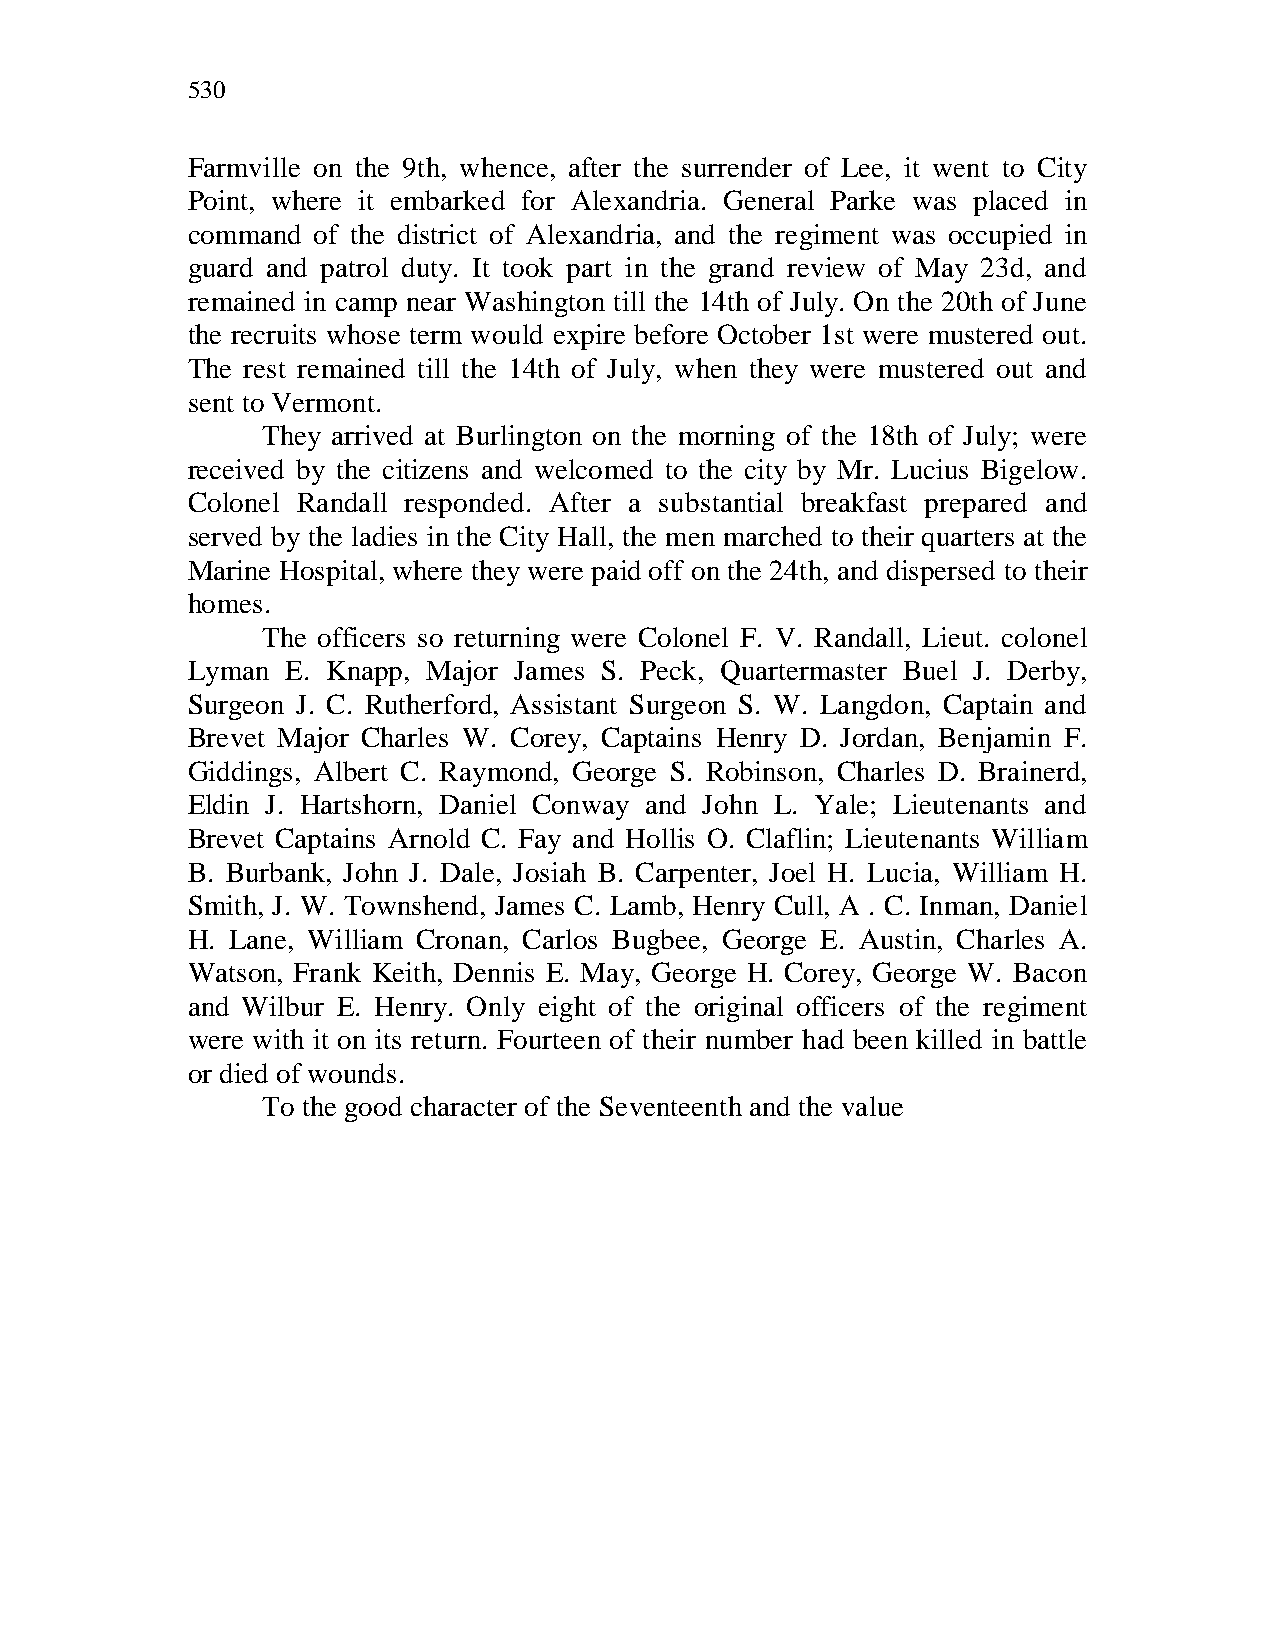
530
 Farmville on the 9th, whence, after the surrender of Lee, it went to City
 Point, where it embarked for Alexandria. General Parke was placed in
 command  of the district of Alexandria, and the regiment was occupied in
 guard and patrol duty. It took part in the grand review of May 23d, and
 remained in camp near Washington till the 14th of July. On the 20th of June
 the recruits whose term would expire before October 1st were mustered out.
 The rest remained till the 14th of July, when they were mustered out and
 sent to Vermont.
 They arrived at Burlington on the morning of the 18th of July; were
 received by the citizens and welcomed to the city by Mr. Lucius Bigelow.
 Colonel Randall responded. After a substantial breakfast prepared and
 served by the ladies in the City Hall, the men marched to their quarters at the
 Marine Hospital, where they were paid off on the 24th, and dispersed to their
 homes.
 The officers so returning were Colonel F. V. Randall, Lieut. colonel
 Lyman  E. Knapp, Major James S. Peck, Quartermaster Buel J. Derby,
 Surgeon J. C. Rutherford, Assistant Surgeon S. W. Langdon, Captain and
 Brevet Major Charles W. Corey, Captains Henry D. Jordan, Benjamin F.
 Giddings, Albert C. Raymond, George S. Robinson, Charles D. Brainerd,
 Eldin J. Hartshorn, Daniel Conway and John L. Yale; Lieutenants and
 Brevet Captains Arnold C. Fay and Hollis O. Claflin; Lieutenants William
 B. Burbank, John J. Dale, Josiah B. Carpenter, Joel H. Lucia, William H.
 Smith, J. W. Townshend, James C. Lamb, Henry Cull, A . C. Inman, Daniel
 H. Lane, William Cronan, Carlos Bugbee, George E. Austin, Charles A.
 Watson, Frank Keith, Dennis E. May, George H. Corey, George W. Bacon
 and Wilbur E. Henry. Only eight of the original officers of the regiment
 were with it on its return. Fourteen of their number had been killed in battle
 or died of wounds.
 To the good character of the Seventeenth and the value